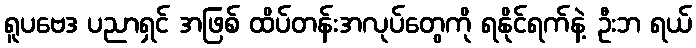
ရူပဗေဒ ပညာရှင် အဖြစ် ထိပ်တန်းအလုပ်တွေကို ရနိုင်ရက်နဲ့ ဦးဘ ရယ်